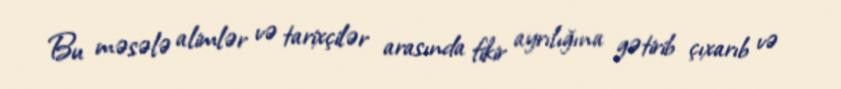
Bu məsələ alimlər və tarixçilər arasında fikir ayrılığına gətirib çıxarıb və